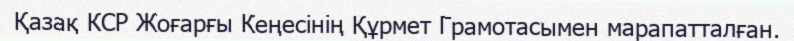
Қазақ КСР Жоғарғы Кеңесінің Құрмет Грамотасымен марапатталған.